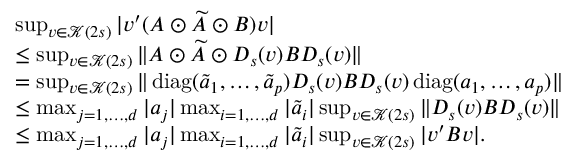
\begin{array} { r l } & { \operatorname* { s u p } _ { v \in \mathcal { K } ( 2 s ) } | v ^ { \prime } ( A \odot \widetilde { A } \odot B ) v | } \\ & { \leq \operatorname* { s u p } _ { v \in \mathcal { K } ( 2 s ) } \| A \odot \widetilde { A } \odot D _ { s } ( v ) B D _ { s } ( v ) \| } \\ & { = \operatorname* { s u p } _ { v \in \mathcal { K } ( 2 s ) } \| \operatorname { d i a g } ( \widetilde { a } _ { 1 } , \dots , \widetilde { a } _ { p } ) D _ { s } ( v ) B D _ { s } ( v ) \operatorname { d i a g } ( a _ { 1 } , \dots , a _ { p } ) \| } \\ & { \leq \operatorname* { m a x } _ { j = 1 , \dots , d } | a _ { j } | \operatorname* { m a x } _ { i = 1 , \dots , d } | \widetilde { a } _ { i } | \operatorname* { s u p } _ { v \in \mathcal { K } ( 2 s ) } \| D _ { s } ( v ) B D _ { s } ( v ) \| } \\ & { \leq \operatorname* { m a x } _ { j = 1 , \dots , d } | a _ { j } | \operatorname* { m a x } _ { i = 1 , \dots , d } | \widetilde { a } _ { i } | \operatorname* { s u p } _ { v \in \mathcal { K } ( 2 s ) } | v ^ { \prime } B v | . } \end{array}